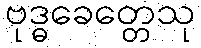
ဗုဒ္ဓခေတ္တေသု